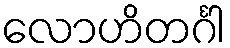
လောဟိတင်္ဂါ